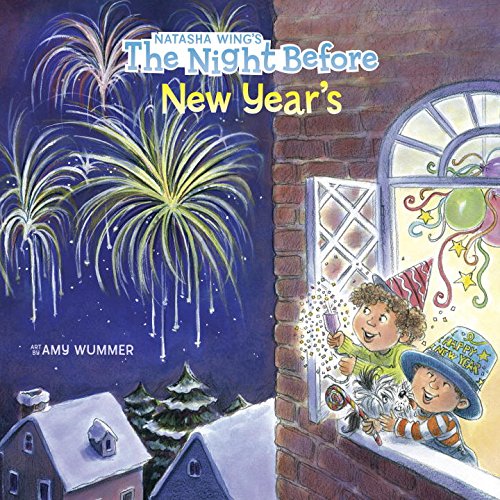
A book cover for The Night Before New Year's; Natasha Wing; Children's Books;